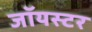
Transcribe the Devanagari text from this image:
जॉयस्टर